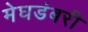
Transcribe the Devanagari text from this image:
मेघडंबरी